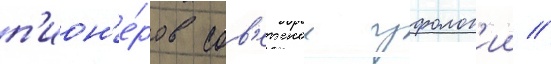
п'ион'е́ров сов'етскои уфолог'ии //